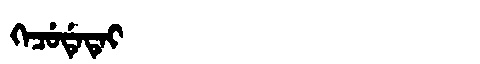
Manchu: ᡴᡝᠴᡠᡩᡝᡨᡝᡳ
Romanization: KECUDETEI